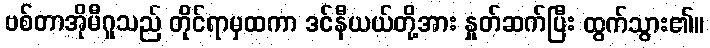
ဗစ်တာအိုမီဂူသည် တိုင်ရာမှထကာ ဒင်နီယယ်တို့အား နှုတ်ဆက်ပြီး ထွက်သွား၏။